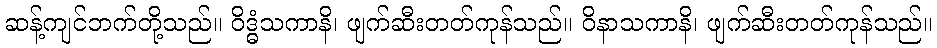
ဆန့်ကျင်ဘက်တို့သည်။ ဝိဒ္ဓံသကာနိ၊ ဖျက်ဆီးတတ်ကုန်သည်။ ဝိနာသကာနိ၊ ဖျက်ဆီးတတ်ကုန်သည်။